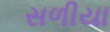
સળીયા